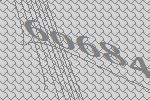
60684